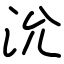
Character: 沇